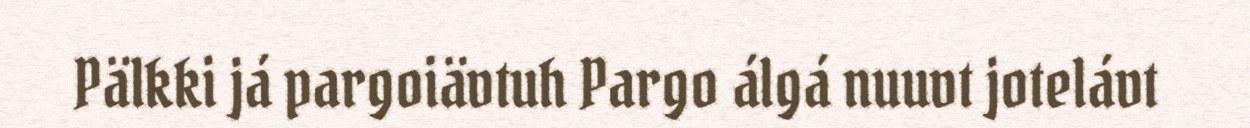
Pälkki já pargoiävtuh Pargo álgá nuuvt jotelávt